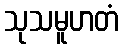
သုသမူဟတံ